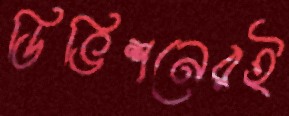
ডিভিশনেরই